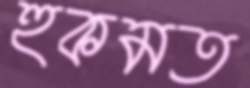
হুকমত